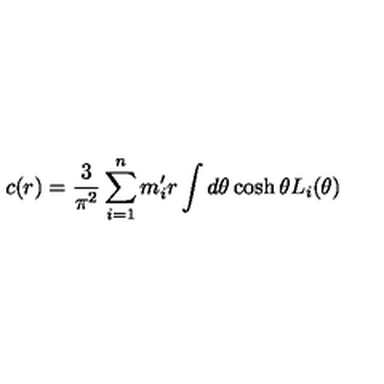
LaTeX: c ( r ) = \frac { 3 } { \pi ^ { 2 } } \sum _ { i = 1 } ^ { n } m _ { i } ^ { \prime } r \int d \theta \cosh \theta L _ { i } ( \theta )